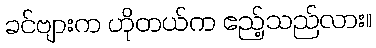
ခင်ဗျားက ဟိုတယ်က ဧည့်သည်လား။